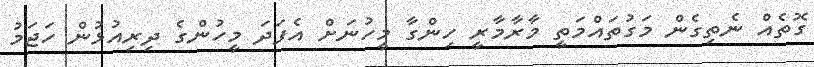
ގޮތެއް ނެތިގެން މަގުތައްމަތީ މާރާމާރީ ހިންގާ މީހުނަށް އެފަދަ މީހުންގެ ދިރިއުޅުން ހަޖަމު